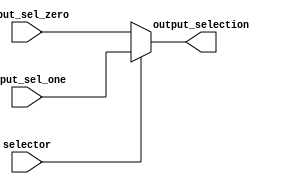
// Mux 5. MIPS CPU
// Nicolas Rodriguez
// Nov 14, 2020

module mux5 (input_sel_zero,
              input_sel_one,
              selector,
              output_selection
              );

// i/o
input selector;

input wire [4:0] input_sel_zero;
input wire [4:0] input_sel_one;

output reg [4:0] output_selection;

// logic
always @ ( * ) begin
    if (selector) begin
        output_selection <= input_sel_one;
    end // if selector
    else begin
        output_selection <= input_sel_zero;
    end // else selector
end
endmodule // mux5